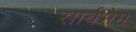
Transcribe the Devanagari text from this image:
सार्वभैम